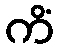
ကိံ